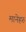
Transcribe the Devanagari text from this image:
मानेहरु